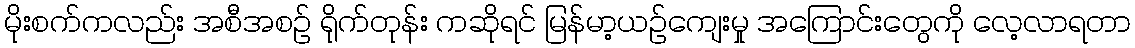
မိုးစက်ကလည်း အစီအစဉ် ရိုက်တုန်း ကဆိုရင် မြန်မာ့ယဉ်ကျေးမှု အကြောင်းတွေကို လေ့လာရတာ